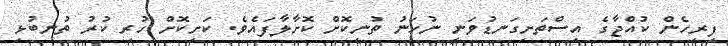
ފިރިހެން ކުއްޖާގެ އިސްތަށިގަނޑުވަނީ ނުހަނު ތުނިކޮށް ކޮށާލާފައެވެ. ކަށިކޮށް ހުރި ކުރު ތުނބުޅި